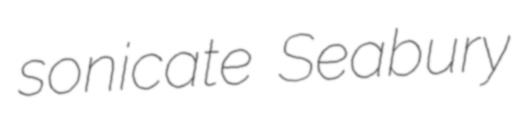
sonicate Seabury